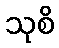
သုစိ